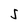
Character: 5